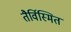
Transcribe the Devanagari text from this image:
तैर्विस्मित